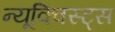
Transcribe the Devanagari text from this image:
न्यूक्विस्ट्स